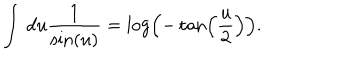
\int \, d u \frac { 1 } { \sin ( u ) } = \log \left( - \tan \left( \frac { u } { 2 } \right) \right) .